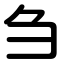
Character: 刍